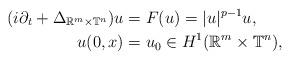
LaTeX: \begin{align*}(i\partial_t+ \Delta_{\mathbb{R}^{m} \times \mathbb{T}^{n}}) u &= F(u) = |u|^{p-1} u, \\u(0,x) &= u_{0} \in H^{1}(\mathbb{R}^{m} \times \mathbb{T}^{n}),\end{align*}